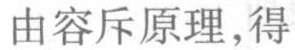
由容斥原理,得